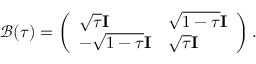
\mathcal { B } ( \tau ) = \left( \begin{array} { l l } { \sqrt { \tau } \mathbf { I } } & { \sqrt { 1 - \tau } \mathbf { I } } \\ { - \sqrt { 1 - \tau } \mathbf { I } } & { \sqrt { \tau } \mathbf { I } } \end{array} \right) .